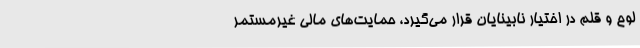
لوح و قلم در اختیار نابینایان قرار می‌گیرد، حمایت‌های مالی غیرمستمر